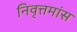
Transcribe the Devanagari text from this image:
निवृत्तमांस